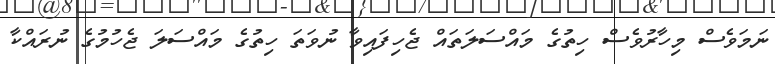
ނަމަވެސް މިހާރުވެސް ހިތުގެ މައްސަލަތައް ޖެހިފައިވާ ނުވަތަ ހިތުގެ މައްސަލަ ޖެހުމުގެ ނުރައްކާ